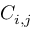
C _ { i , j }